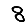
Digit: 8